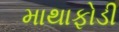
માથાફોડી